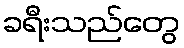
ခရီးသည်တွေ